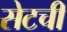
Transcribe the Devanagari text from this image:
सेटची